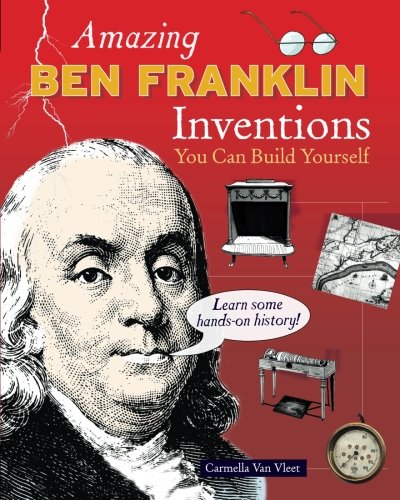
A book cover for Amazing BEN FRANKLIN Inventions: You Can Build Yourself (Build It Yourself); Carmella Van Vleet; Children's Books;